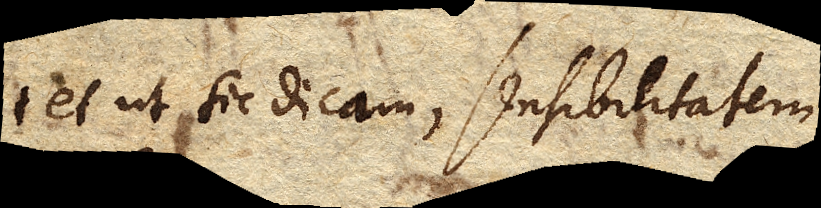
et ut sic dicam, sensibilitatem